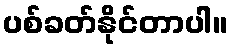
ပစ်ခတ်နိုင်တာပါ။